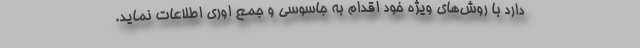
دارد با روش‌های ویژه خود اقدام به جاسوسی و جمع اوری اطلاعات نماید.